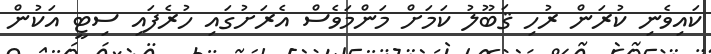
ކައިވެނި ކުރަން ރުހި ޤަބޫލު ކަމަށް މަންމަވެސް އެރަށުގައި ހުރެފައި ސިޓީ އަކުން